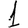
Digit: 1